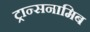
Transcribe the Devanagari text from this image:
ट्रान्सनामिब